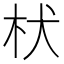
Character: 枤